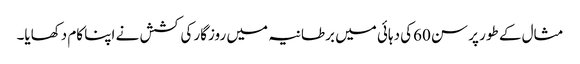
مثال کے طور پر سن 60کی دہائی میں برطانیہ میں روزگار کی کشش نے اپنا کام دکھایا۔